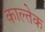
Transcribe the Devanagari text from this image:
काल्तेक